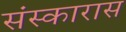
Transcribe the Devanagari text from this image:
संस्कारास